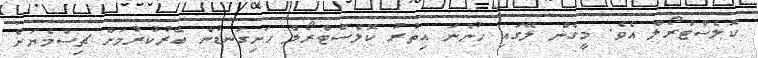
ކޮލެސްޓްރޯލް އެވެ. މީގެން ލޭގައި ހުންނަ އިތުރު ކޮލެސްޓްރޯލް ހަށިގަނޑުން ބޭރުކުރުމަށް ޗިސްމެޔަށް